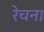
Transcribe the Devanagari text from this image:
रेचना